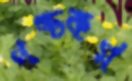
পঙ্চকর্ম